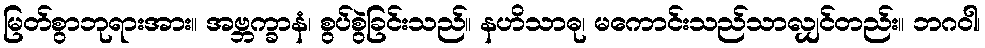
မြတ်စွာဘုရားအား။ အဗ္ဘက္ခာနံ၊ စွပ်စွဲခြင်းသည်။ နဟိသာဓု၊ မကောင်းသည်သာလျှင်တည်း။ ဘဂဝါ၊